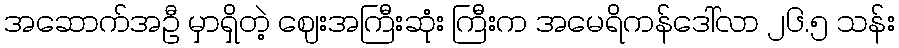
အဆောက်အဦ မှာရှိတဲ့ ဈေးအကြီးဆုံး ကြီးက အမေရိကန်ဒေါ်လာ ၂၆.၅ သန်း